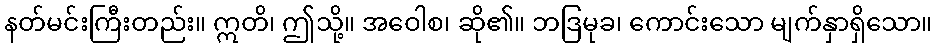
နတ်မင်းကြီးတည်း။ ဣတိ၊ ဤသို့။ အဝေါစ၊ ဆို၏။ ဘဒြမုခ၊ ကောင်းသော မျက်နှာရှိသော။